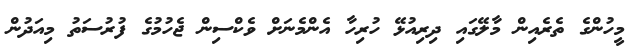
މީހުންގެ ތެރެއިން މާލޭގައި ދިރިއުޅޭ ހުރިހާ އެންމެނަށް ވެކްސިން ޖެހުމުގެ ފުރުސަތު މިއަދުން